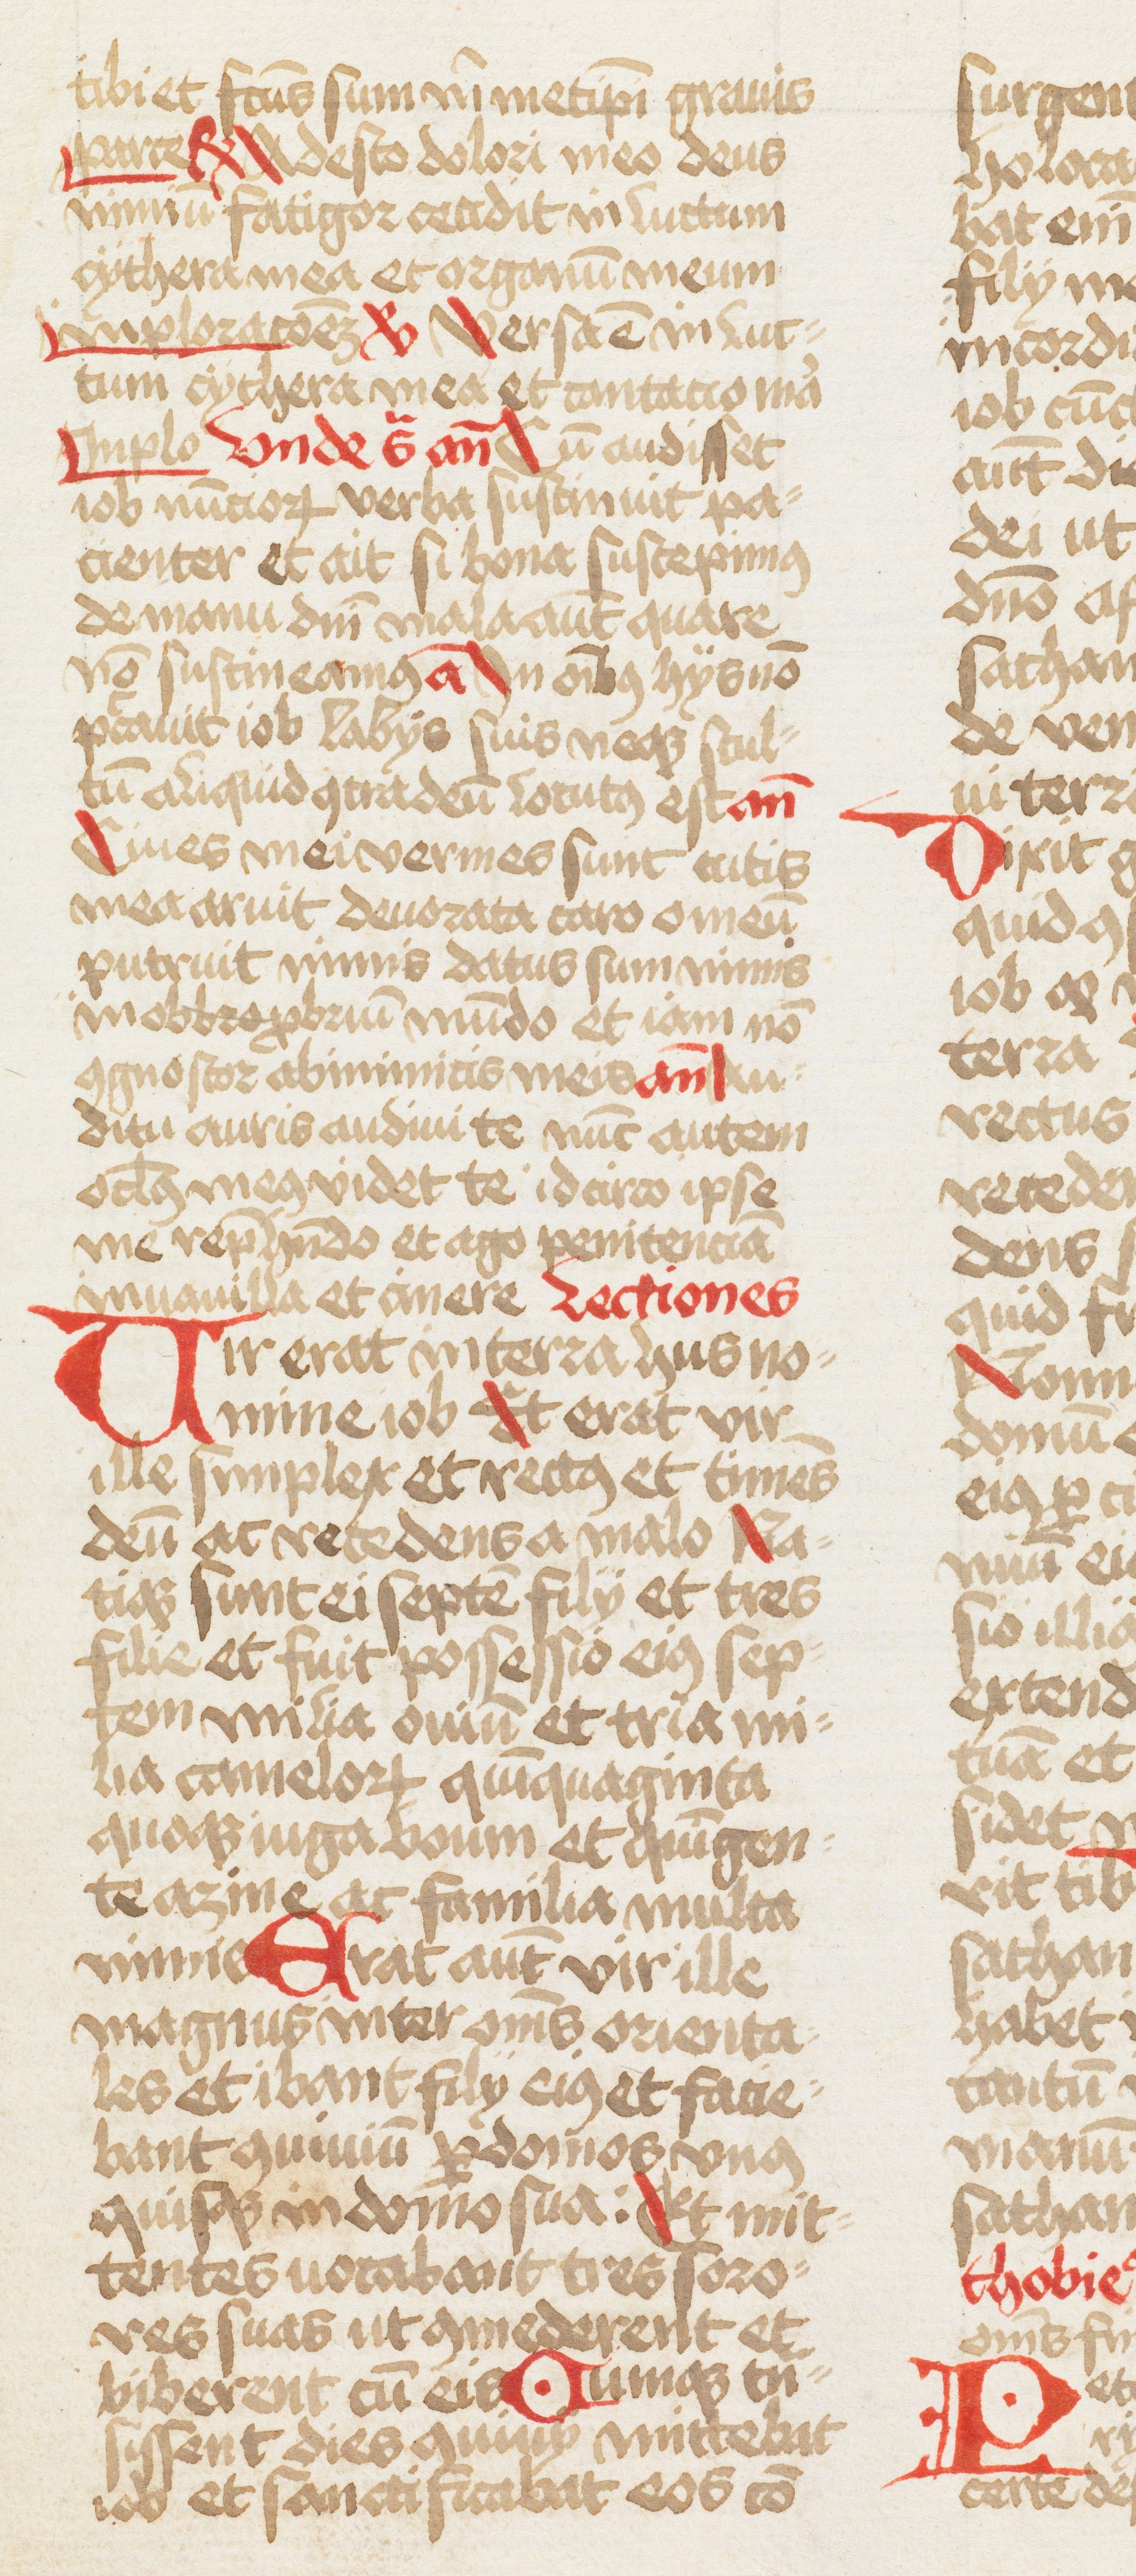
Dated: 1466–1466